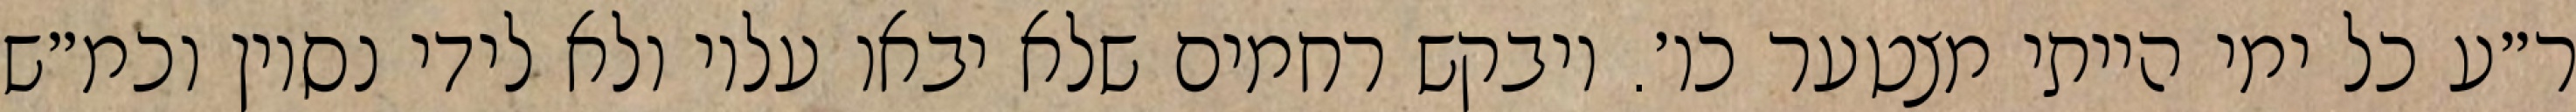
ר״ע כל ימי הייתי מצטער כו׳. ויבקש רחמים שלא יבאו עליו ולא לידי נסיון וכמ״ש